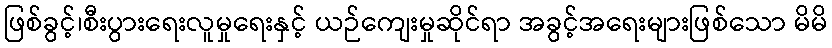
ဖြစ်ခွင့်၊စီးပွားရေးလူမှုရေးနှင့် ယဉ်ကျေးမှုဆိုင်ရာ အခွင့်အရေးများဖြစ်သော မိမိ